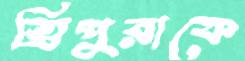
ত্রিপুরাকে